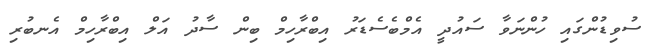
ސުވިޑުންގައި ހުންނަވާ ސައުދީ އެމްބެސެޑަރު އިބްރާހިމް ބިން ސާދު އަލް އިބްރާހިމް އެނބުރި